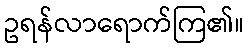
ဥရန်လာရောက်ကြ၏။